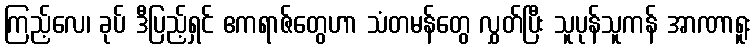
ကြည့်လေ၊ ခုပ် ဒီပြည့်ရှင် ဧကရာဇ်တွေဟာ သံတမန်တွေ လွှတ်ပြီး သူပုန်သူကန် အာဏာရူး